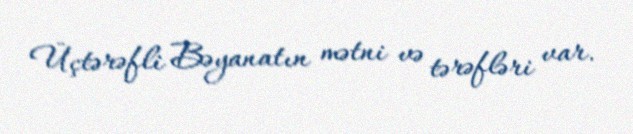
Üçtərəfli Bəyanatın mətni və tərəfləri var.